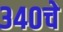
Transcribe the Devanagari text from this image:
३४०चे